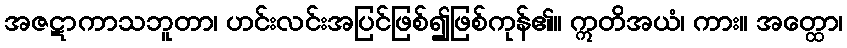
အဇဋာကာသဘူတာ၊ ဟင်းလင်းအပြင်ဖြစ်၍ဖြစ်ကုန်၏။ ဣတိအယံ၊ ကား။ အတ္ထော၊